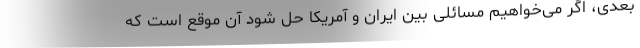
بعدی، اگر می‌خواهیم مسائلی بین ایران و آمریکا حل شود آن موقع است که